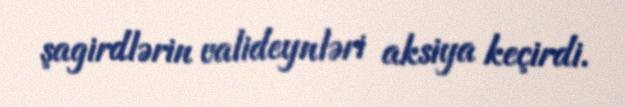
şagirdlərin valideynləri aksiya keçirdi.